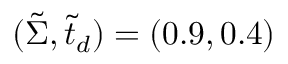
( \tilde { \Sigma } , \tilde { t } _ { d } ) = ( 0 . 9 , 0 . 4 )